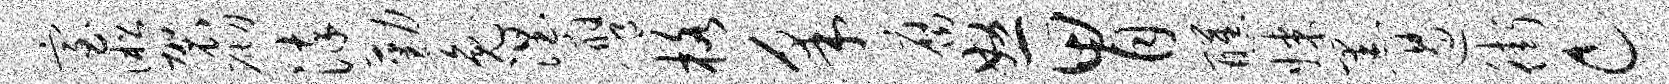
室淞袈砌染勤兔涅膺格采腐怒胃醺媒黑遏街c